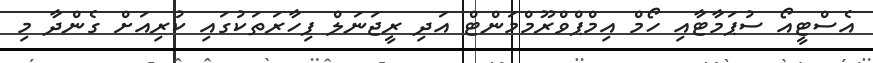
އެސްޓީއޯ ސުޕަމާޓާއި ހޯމް އިމްޕްވްރޫމްމަންޓް އަދި ރީޖަނަލް ފިހާރަތަކުގައި ކުރިއަށް ގެންދާ މި